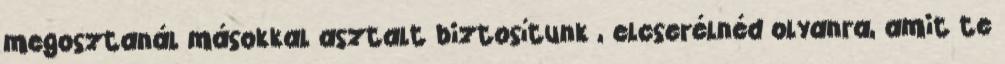
megosztanál másokkal asztalt biztosítunk , elcserélnéd olyanra, amit te